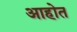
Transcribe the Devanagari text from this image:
अाहोत